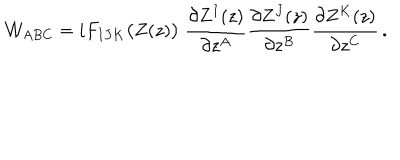
{ \cal W } _ { A B C } = i F _ { I J K } \big ( Z ( z ) \big ) \; { \frac { \partial Z ^ { I } ( z ) } { \partial z ^ { A } } } { \frac { \partial Z ^ { J } ( z ) } { \partial z ^ { B } } } { \frac { \partial Z ^ { K } ( z ) } { \partial z ^ { C } } } \, .